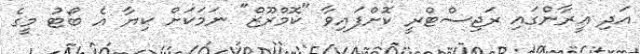
އަދި އީރާންގައި ރަޖިސްޓްރީ ކޮށްފައިވާ "ކޮމްރޫޒް" ނަމަކަށް ކިޔާ އެ ބޯޓު މީގެ